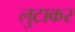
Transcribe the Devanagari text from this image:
लुटाकर